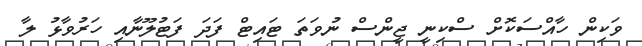
ވަކިން ހާއްސަކޮށް ސްކިނީ ޖީންސް ނުވަތަ ޓައިޓް ފަދަ ފަޓުލޫނާއި ހަރުވާޅު ލާ